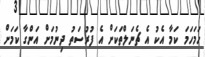
ހަމަހަމަ ކަމާ އެކު އެ ޗެނަލްތަކަށް އެ ފުރުސަތު ދިނުމަށް އަންގާ ކަމަށް